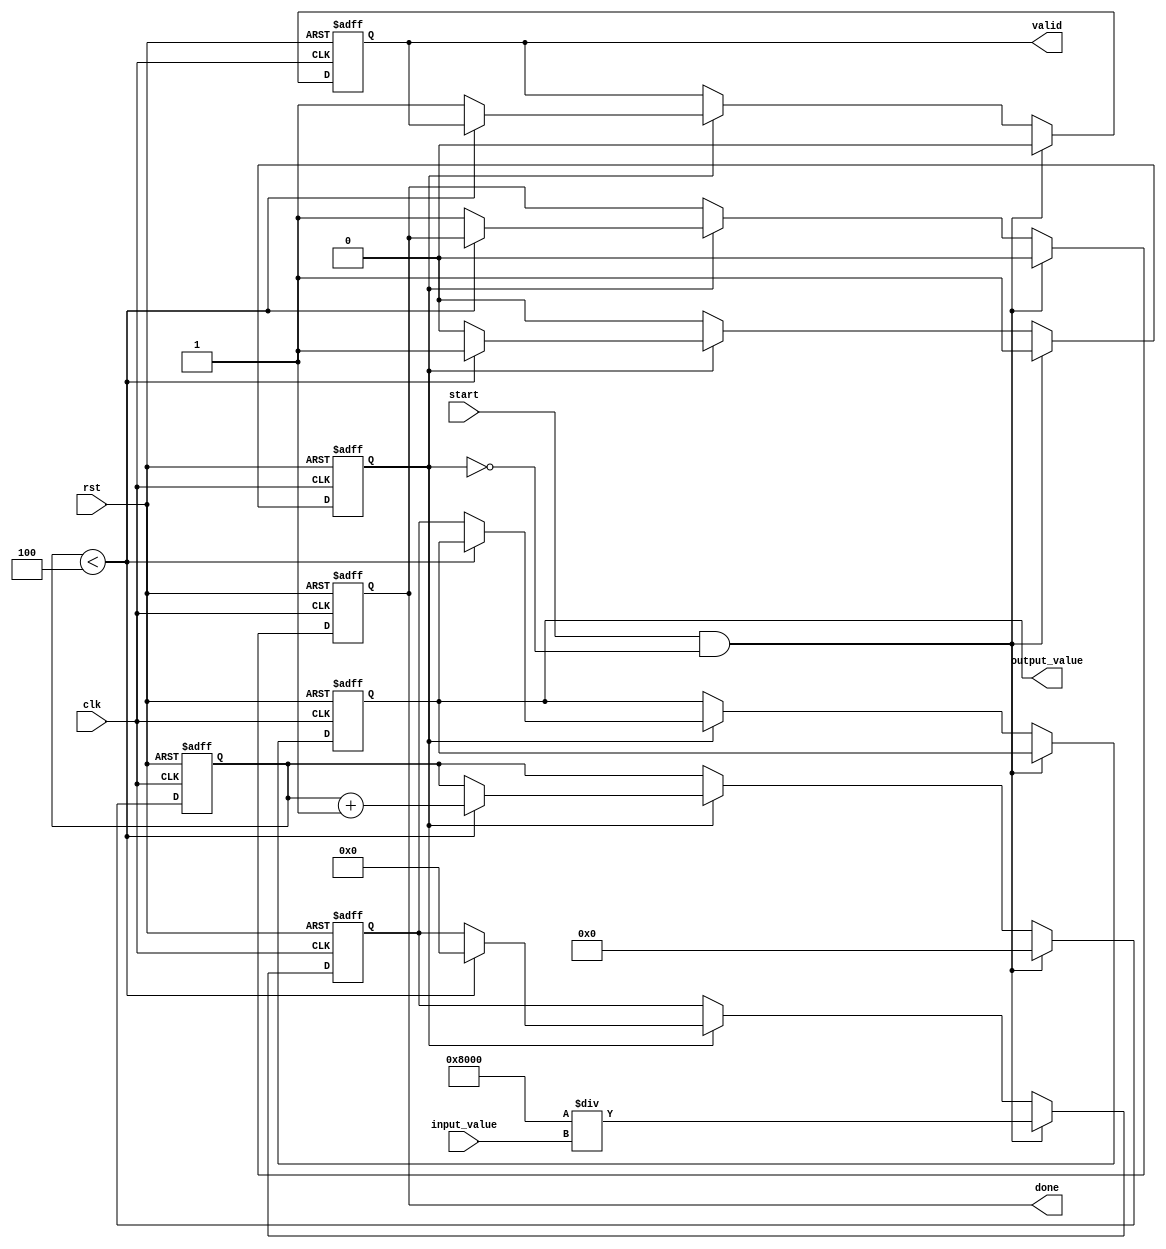
module DirectReciprocalUnit (
    input wire clk,
    input wire rst,
    input wire start,
    input wire [15:0] input_value, // 16-bit fixed-point input
    output reg [15:0] output_value, // 16-bit fixed-point output
    output reg done,
    output reg valid
);

    // Internal states
    reg [15:0] approx; // Approximation of the reciprocal
    reg [3:0] count;   // Iteration counter
    reg computing;     // Flag to indicate computation in progress

    // Parameters for Newton-Raphson method
    parameter MAX_ITER = 4; // Maximum iterations for convergence

    // State machine for controlling the computation
    always @(posedge clk or posedge rst) begin
        if (rst) begin
            output_value <= 16'b0;
            done <= 1'b0;
            valid <= 1'b0;
            computing <= 1'b0;
            count <= 4'b0;
            approx <= 16'b0;
        end else begin
            if (start && !computing) begin
                // Initialize for computation
                approx <= 16'h8000 / input_value; // Initial approximation (1/input_value)
                count <= 4'b0;
                computing <= 1'b1;
                done <= 1'b0;
                valid <= 1'b0;
            end else if (computing) begin
                // Newton-Raphson iteration
                if (count < MAX_ITER) begin
                    approx <= approx * (16'h10000 - input_value * approx) >> 16; // Update approximation
                    count <= count + 1;
                end else begin
                    // Finalize output
                    output_value <= approx;
                    done <= 1'b1;
                    valid <= 1'b1;
                    computing <= 1'b0;
                end
            end
        end
    end

endmodule